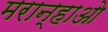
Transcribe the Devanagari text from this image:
मरान्हाओ